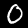
Label: 0